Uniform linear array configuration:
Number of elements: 24
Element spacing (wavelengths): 0.25
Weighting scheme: hann
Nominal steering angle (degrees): -60
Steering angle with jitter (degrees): -60.188
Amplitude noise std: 0.05
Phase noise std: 0.05

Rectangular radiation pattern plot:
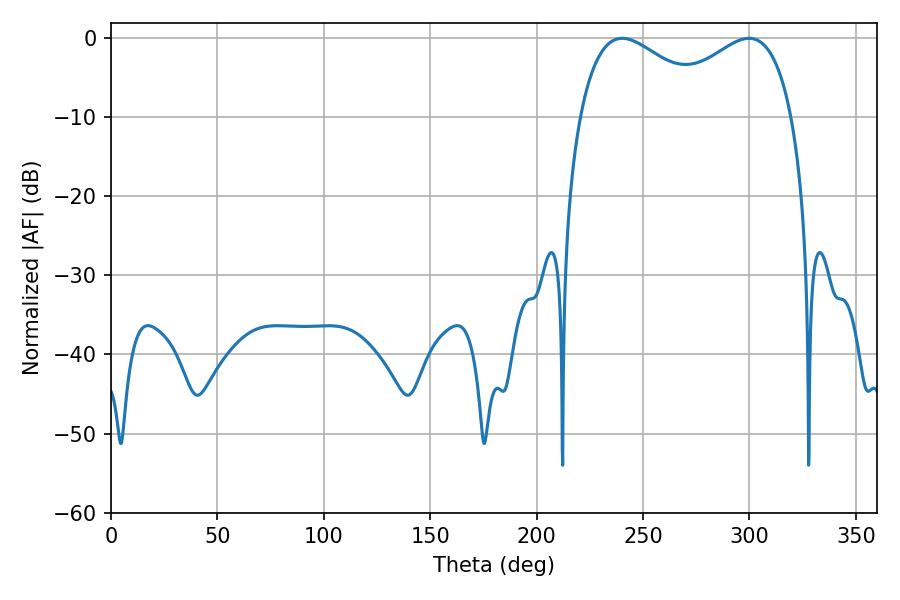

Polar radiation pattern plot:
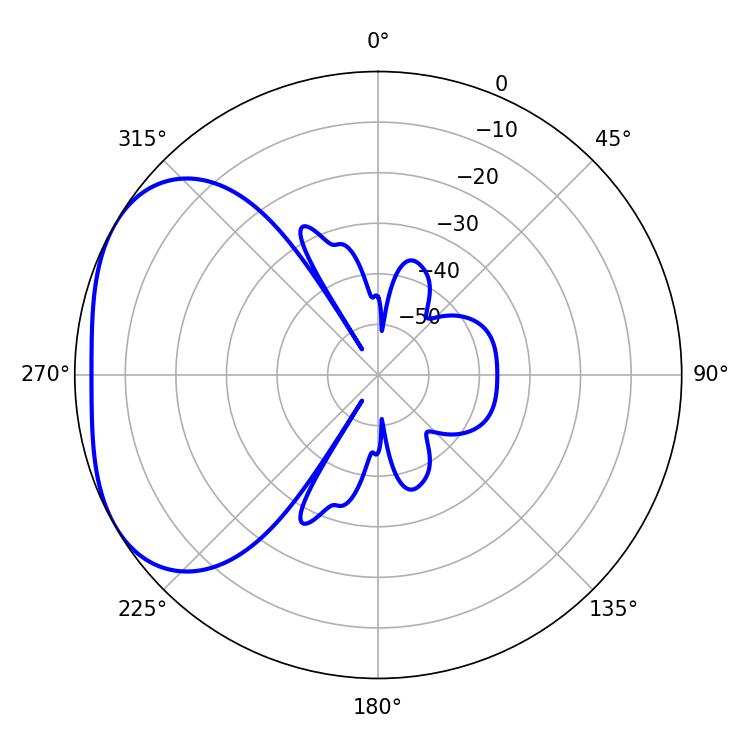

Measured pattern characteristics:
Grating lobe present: FALSE
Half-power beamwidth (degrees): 35.64
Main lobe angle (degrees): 299.7